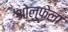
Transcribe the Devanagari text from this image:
ओलुफ़ेला